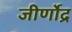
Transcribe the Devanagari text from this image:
जीर्णोद्र